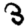
Digit: 3